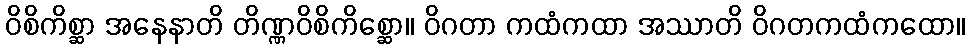
ဝိစိကိစ္ဆာ အနေနာတိ တိဏ္ဏဝိစိကိစ္ဆော။ ဝိဂတာ ကထံကထာ အဿာတိ ဝိဂတကထံကထော။